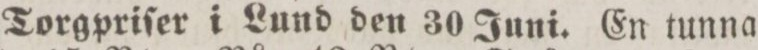
Torgpriſer i Lund den 30 Juni. En tunna